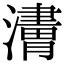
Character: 𤁿